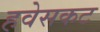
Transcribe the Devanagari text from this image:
हवेसकट